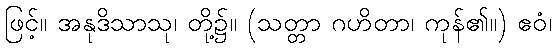
ဖြင့်။ အနုဒိသာသု၊ တို့၌။ (သတ္တာ ဂဟိတာ၊ ကုန်၏။) ဧဝံ၊